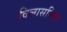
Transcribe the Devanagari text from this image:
विलासनिद्रा